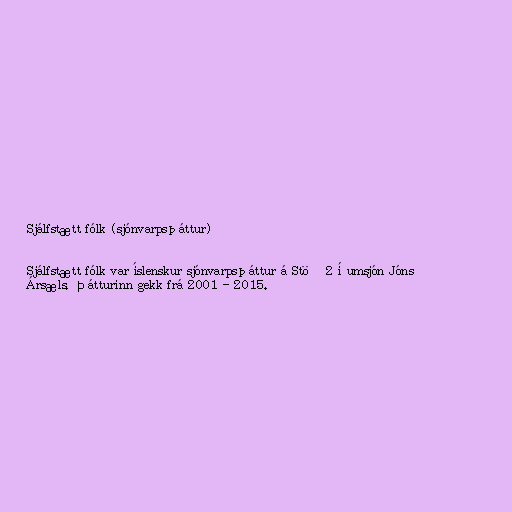
Sjálfstætt fólk (sjónvarpsþáttur)

Sjálfstætt fólk var íslenskur sjónvarpsþáttur á Stöð 2 í umsjón Jóns
Ársæls. Þátturinn gekk frá 2001 - 2015.